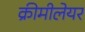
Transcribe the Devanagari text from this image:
क्रीमीलेयर